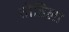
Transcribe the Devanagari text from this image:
तोडिला